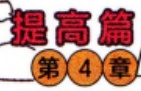
提高篇
第 \textcircled{4} 章